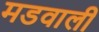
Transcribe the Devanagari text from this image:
मडवाली